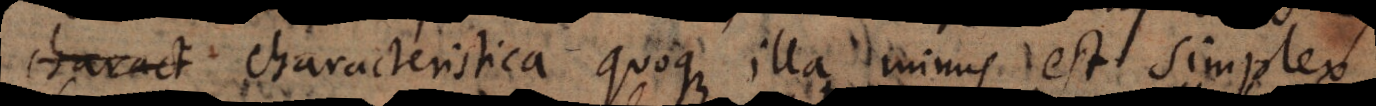
t characteristica quoque illa minus est simplex.